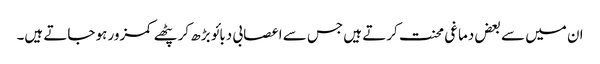
ان میں سے بعض دماغی محنت کرتے ہیں جس سے اعصابی دبائو بڑھ کر پٹھے کمزور ہو جاتے ہیں۔